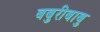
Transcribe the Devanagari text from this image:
बबुरीबाबु